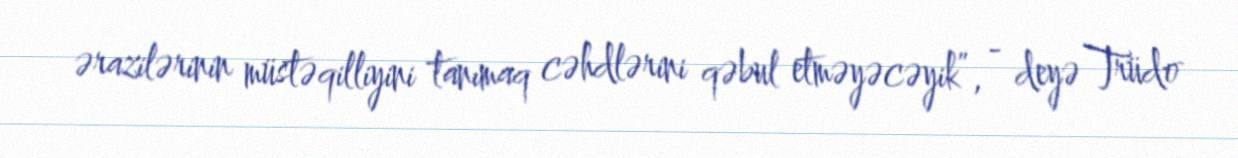
ərazilərinin müstəqilliyini tanımaq cəhdlərini qəbul etməyəcəyik”, - deyə Trüdo